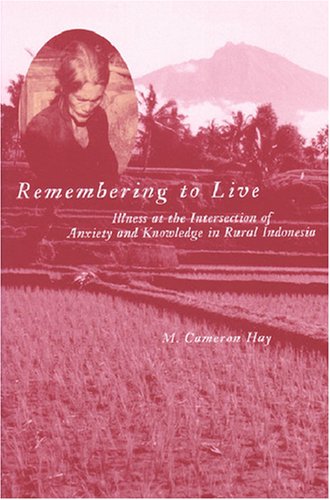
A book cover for Remembering to Live: Illness at the Intersection of Anxiety and Knowledge in Rural Indonesia (Southeast Asia: Politics, Meaning, and Memory); M. Cameron Hay; Medical Books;